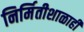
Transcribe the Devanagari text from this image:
निर्मितीशाळाही